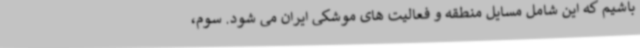
باشیم که این شامل مسایل منطقه و فعالیت های موشکی ایران می شود. سوم،